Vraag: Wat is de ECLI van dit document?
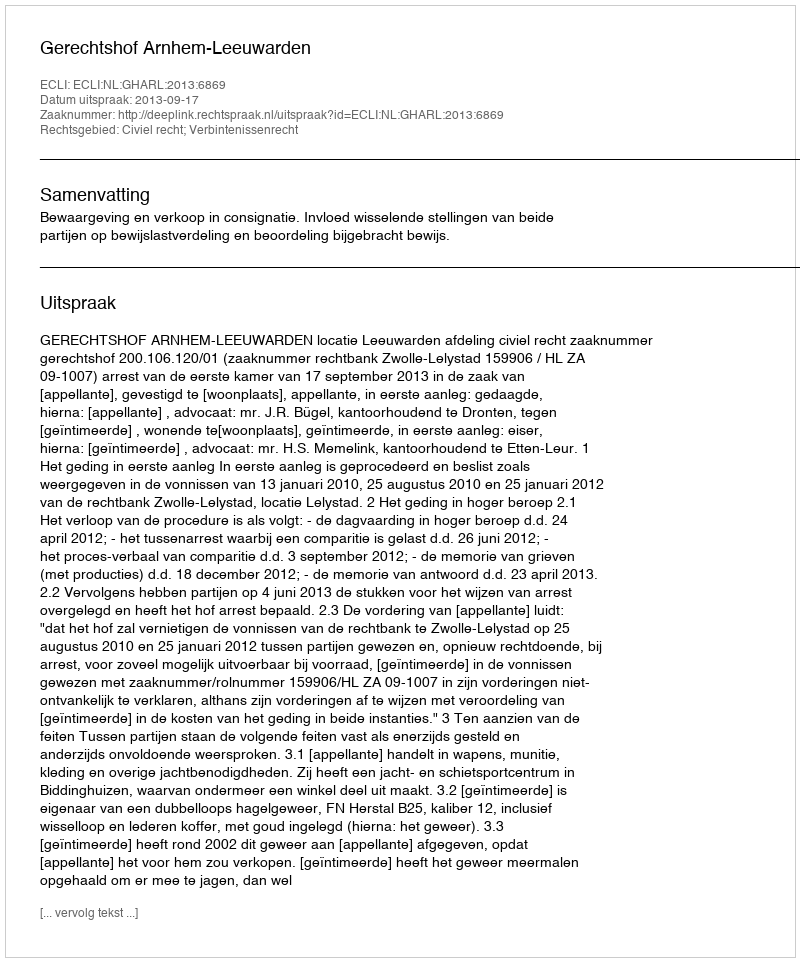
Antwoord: ECLI:NL:GHARL:2013:6869